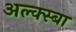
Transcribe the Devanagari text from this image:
अल्क्स्बा